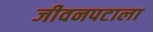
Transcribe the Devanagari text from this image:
जीवनपटाला